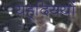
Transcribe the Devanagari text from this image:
यहूदिययों